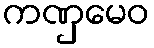
ကဏှမေဝ